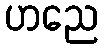
ဟညေ